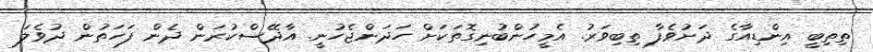
ތިތިބީ އިންޑިއާގެ ދަށުވެފާ ތިބިވަރު. އެމީހުންބުނިގޮތަކަށް ހަދަންޖެހުނީ. އާދޭސްކުރަން ދެން ފަހަތުން ދުވެލަ